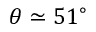
\theta \simeq 5 1 ^ { \circ }